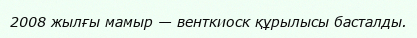
2008 жылғы мамыр — венткиоск құрылысы басталды.